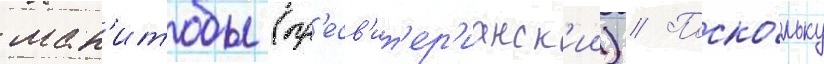
ман'итобы (пр'есв'ит'ер'ианск'ии) // Поско́льку